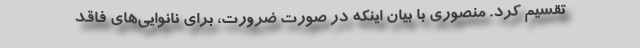
تقسیم کرد. منصوری با بیان اینکه در صورت ضرورت، برای نانوایی‌های فاقد